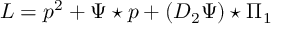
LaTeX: L = p ^ { 2 } + \Psi \star p + ( D _ { 2 } \Psi ) \star \Pi _ { 1 }